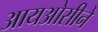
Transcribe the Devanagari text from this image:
आयओसीने